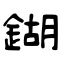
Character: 鍸